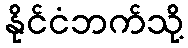
နိုင်ငံဘက်သို့